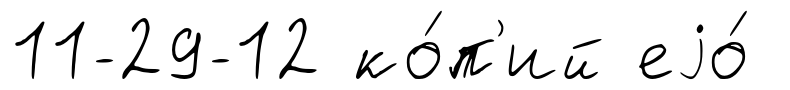
11-29-12 ко́п'ий еjо́